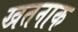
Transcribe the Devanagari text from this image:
खतनाक